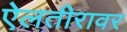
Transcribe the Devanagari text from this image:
ऐलतीरावर